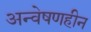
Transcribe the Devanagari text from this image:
अन्वेषणहीन